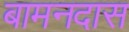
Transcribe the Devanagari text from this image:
बामनदास